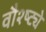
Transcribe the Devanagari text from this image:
वौश्ष्ट्ये